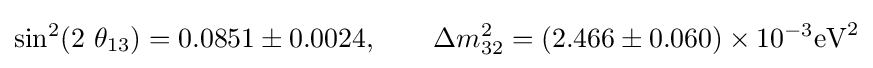
\sin ^{2}(2\ \theta _{13})=0.0851\pm 0.0024,\qquad \Delta m_{32}^{2}=(2.466\pm 0.060)\times 10^{-3}{\rm {eV}}^{2}